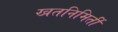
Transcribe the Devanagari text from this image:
खतनिमिर्ती